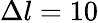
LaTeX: \Delta l=10